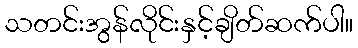
သတင်းအွန်လိုင်းနှင့်ချိတ်ဆက်ပါ။